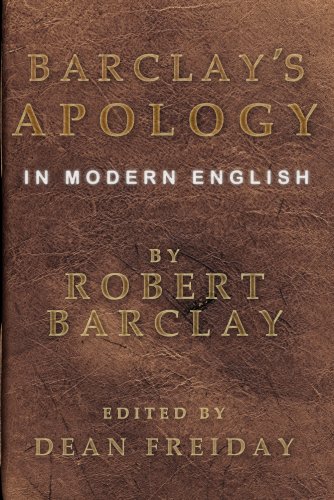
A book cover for Barclay's Apology in Modern English; Robert Barclay; Christian Books & Bibles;